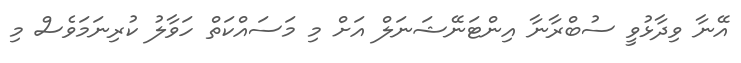
އޭނާ ވިދާޅުވީ ސުބްރާނާ އިންޓަނޭޝަނަލް އަށް މި މަސައްކަތް ހަވާލު ކުރިނަމަވެސް މި